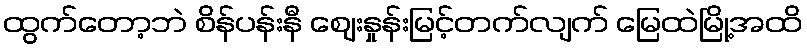
ထွက်တော့ဘဲ စိန်ပန်းနီ ဈေးနှုန်းမြင့်တက်လျက် မြေထဲမြို့အထိ